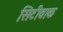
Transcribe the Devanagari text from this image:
सिटीवाक